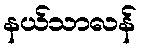
နယ်သာလန်